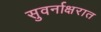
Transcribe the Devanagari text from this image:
सुवर्नाक्षरात